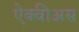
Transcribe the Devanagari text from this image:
ऐक्वीअस